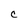
Character: C